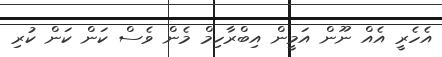
އެހެރީ އެއް ނޫން އަމީން އިބްރާހިމް މެން ވެސް ކަން ކަން ކުރި